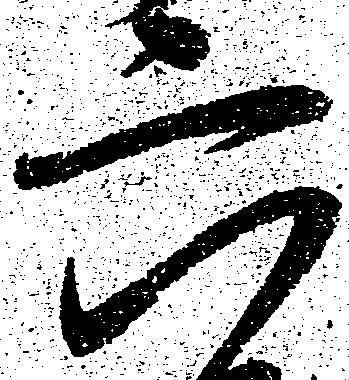
六